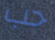
حب